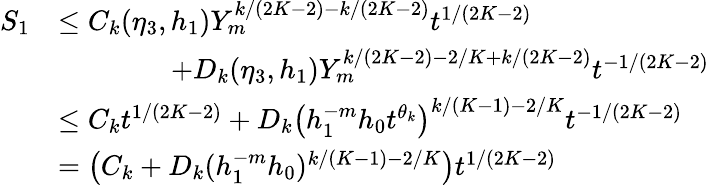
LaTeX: \begin{array}{rl}{S_{1}}&{\le C_{k}(\eta_{3},h_{1})Y_{m}^{k/(2K-2)-k/(2K-2)}t^{1/(2K-2)}}\\ &{\qquad\qquad+D_{k}(\eta_{3},h_{1})Y_{m}^{k/(2K-2)-2/K+k/(2K-2)}t^{-1/(2K-2)}}\\ &{\le C_{k}t^{1/(2K-2)}+D_{k}\left(h_{1}^{-m}h_{0}t^{\theta_{k}}\right)^{k/(K-1)-2/K}t^{-1/(2K-2)}}\\ &{=\left(C_{k}+D_{k}(h_{1}^{-m}h_{0})^{k/(K-1)-2/K}\right)t^{1/(2K-2)}}\end{array}